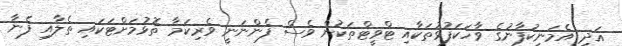
އަދި އެމަނިކުފާނުގެ ވާހަކަފުޅުތަކާއި ޓްވީޓްތަކުން ވެސް ފެންނަނީ ވެރިކަމާ ތޮޅުމަށްޓަކައި ތެލާއި ފެނާ